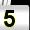
Digit: 5